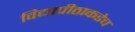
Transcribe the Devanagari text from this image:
विद्यापीठाकडेच